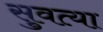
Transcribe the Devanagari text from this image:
सुवत्या